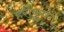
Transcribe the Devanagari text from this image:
हरीकृष्ण